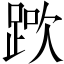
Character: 𨁰